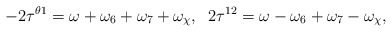
\begin{align*}-2\tau^{\theta 1}=\omega+\omega_6+\omega_7+\omega_{\chi},\;\;2\tau^{12}=\omega-\omega_6+\omega_7-\omega_{\chi},\end{align*}